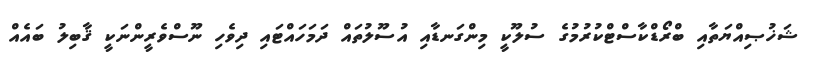
ޝަޚުޞިއްޔަތާއި ބްރޯޑްކާސްޓްކުރުމުގެ ސުލޫކީ މިންގަނޑާއި އުސޫލުތައް ދަމަހައްޓައި ދިވެހި ނޫސްވެރީންނަކީ ޤާބިލު ބައެއް